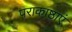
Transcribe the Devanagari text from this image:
पराकाष्ठाएं